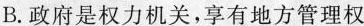
B.政府是权力机关，享有地方管理权